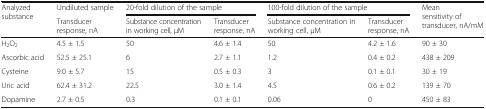
<table><thead><tr><td rowspan="2"><b>Analyzed substance</b></td><td><b>Undiluted sample</b></td><td colspan="2"><b>20-fold dilution of the sample</b></td><td colspan="2"><b>100-fold dilution of the sample</b></td><td rowspan="2"><b>Mean sensitivity of transducer, nA/mM</b></td></tr><tr><td><b>Transducer response, nA</b></td><td><b>Substance concentration in working cell, μM</b></td><td><b>Transducer response, nA</b></td><td><b>Substance concentration in working cell, μM</b></td><td><b>Transducer response, nA</b></td></tr></thead><tbody><tr><td>H<sub>2</sub>O<sub>2</sub></td><td>4.5 ± 1.5</td><td>50</td><td>4.6 ± 1.4</td><td>50</td><td>4.2 ± 1.6</td><td>90 ± 30</td></tr><tr><td>Ascorbic acid</td><td>52.5 ± 25.1</td><td>6</td><td>2.7 ± 1.1</td><td>1.2</td><td>0.4 ± 0.2</td><td>438 ± 209</td></tr><tr><td>Cysteine</td><td>9.0 ± 5.7</td><td>15</td><td>0.5 ± 0.3</td><td>3</td><td>0.1 ± 0.1</td><td>30 ± 19</td></tr><tr><td>Uric acid</td><td>62.4 ± 31.2</td><td>22.5</td><td>3.0 ± 1.4</td><td>4.5</td><td>0.6 ± 0.2</td><td>139 ± 70</td></tr><tr><td>Dopamine</td><td>2.7 ± 0.5</td><td>0.3</td><td>0.1 ± 0.1</td><td>0.06</td><td>0</td><td>450 ± 83</td></tr></tbody></table>